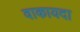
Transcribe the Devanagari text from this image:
वाकायदा